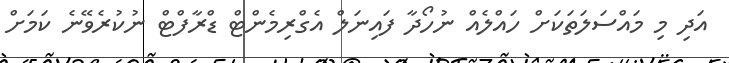
އަދި މި މައްސަލަތަކަށް ހައްލެއް ނުހޯދާ ފައިނަލް އެގްރިމެންޓް ޑްރާފްޓް ނުކުރެވޭނެ ކަމަށް